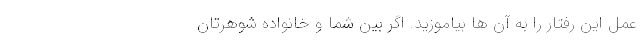
عمل این رفتار را به آن ها بیاموزید. اگر بین شما و خانواده شوهرتان